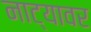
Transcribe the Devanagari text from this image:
नाट्यावर